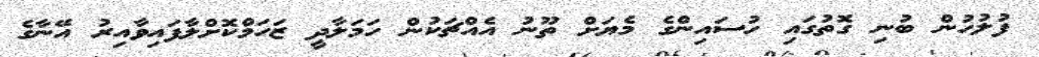
ފުލުހުން ބުނި ގޮތުގައި ހުސައިންގެ މެޔަށް ތޫނު އެއްޗަކުން ހަމަލާދީ ޒަހަމްކޮށްލާފައިވާއިރު އޭނާގެ